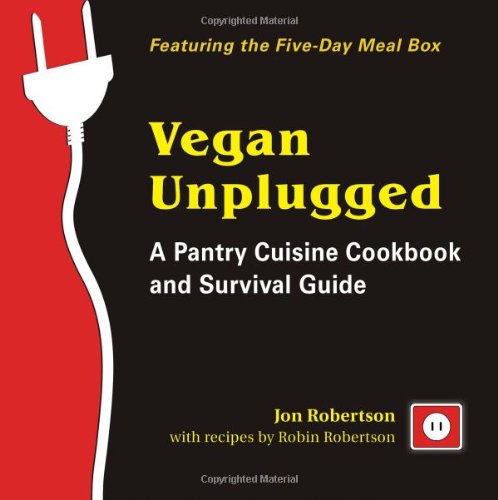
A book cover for Vegan Unplugged: A Pantry Cuisine Cookbook and Survival Guide; Jon Robertson; Cookbooks, Food & Wine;